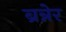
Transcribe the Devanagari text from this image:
ब्रन्नेर